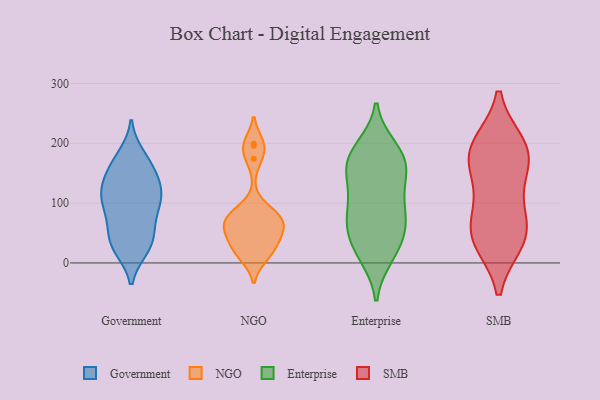
{"axis": {"x": "Latency (ms)", "y": "Value"}, "legend": ["Enterprise", "Government", "NGO", "SMB"], "data": [{"x": "", "y": 111, "type": "Government"}, {"x": "", "y": 166, "type": "Government"}, {"x": "", "y": 27, "type": "Government"}, {"x": "", "y": 62, "type": "Government"}, {"x": "", "y": 173, "type": "Government"}, {"x": "", "y": 48, "type": "Government"}, {"x": "", "y": 129, "type": "Government"}, {"x": "", "y": 65, "type": "Government"}, {"x": "", "y": 97, "type": "Government"}, {"x": "", "y": 96, "type": "Government"}, {"x": "", "y": 92, "type": "Government"}, {"x": "", "y": 110, "type": "Government"}, {"x": "", "y": 149, "type": "Government"}, {"x": "", "y": 146, "type": "Government"}, {"x": "", "y": 179, "type": "Government"}, {"x": "", "y": 129, "type": "Government"}, {"x": "", "y": 29, "type": "Government"}, {"x": "", "y": 24, "type": "Government"}, {"x": "", "y": 29, "type": "Government"}, {"x": "", "y": 119, "type": "Government"}, {"x": "", "y": 196, "type": "NGO"}, {"x": "", "y": 90, "type": "NGO"}, {"x": "", "y": 71, "type": "NGO"}, {"x": "", "y": 199, "type": "NGO"}, {"x": "", "y": 42, "type": "NGO"}, {"x": "", "y": 67, "type": "NGO"}, {"x": "", "y": 50, "type": "NGO"}, {"x": "", "y": 11, "type": "NGO"}, {"x": "", "y": 38, "type": "NGO"}, {"x": "", "y": 14, "type": "NGO"}, {"x": "", "y": 80, "type": "NGO"}, {"x": "", "y": 23, "type": "NGO"}, {"x": "", "y": 174, "type": "NGO"}, {"x": "", "y": 73, "type": "NGO"}, {"x": "", "y": 64, "type": "NGO"}, {"x": "", "y": 148, "type": "Enterprise"}, {"x": "", "y": 189, "type": "Enterprise"}, {"x": "", "y": 164, "type": "Enterprise"}, {"x": "", "y": 94, "type": "Enterprise"}, {"x": "", "y": 55, "type": "Enterprise"}, {"x": "", "y": 177, "type": "Enterprise"}, {"x": "", "y": 107, "type": "Enterprise"}, {"x": "", "y": 149, "type": "Enterprise"}, {"x": "", "y": 53, "type": "Enterprise"}, {"x": "", "y": 137, "type": "Enterprise"}, {"x": "", "y": 76, "type": "Enterprise"}, {"x": "", "y": 173, "type": "Enterprise"}, {"x": "", "y": 16, "type": "Enterprise"}, {"x": "", "y": 11, "type": "Enterprise"}, {"x": "", "y": 22, "type": "Enterprise"}, {"x": "", "y": 82, "type": "Enterprise"}, {"x": "", "y": 193, "type": "Enterprise"}, {"x": "", "y": 60, "type": "Enterprise"}, {"x": "", "y": 43, "type": "SMB"}, {"x": "", "y": 37, "type": "SMB"}, {"x": "", "y": 192, "type": "SMB"}, {"x": "", "y": 44, "type": "SMB"}, {"x": "", "y": 177, "type": "SMB"}, {"x": "", "y": 149, "type": "SMB"}, {"x": "", "y": 99, "type": "SMB"}, {"x": "", "y": 196, "type": "SMB"}, {"x": "", "y": 182, "type": "SMB"}, {"x": "", "y": 63, "type": "SMB"}]}